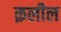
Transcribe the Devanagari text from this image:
क़लील